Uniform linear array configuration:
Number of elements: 48
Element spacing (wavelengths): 0.25
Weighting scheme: exponential
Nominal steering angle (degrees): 60
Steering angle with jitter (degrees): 61.167
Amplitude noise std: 0.05
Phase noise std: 0.05

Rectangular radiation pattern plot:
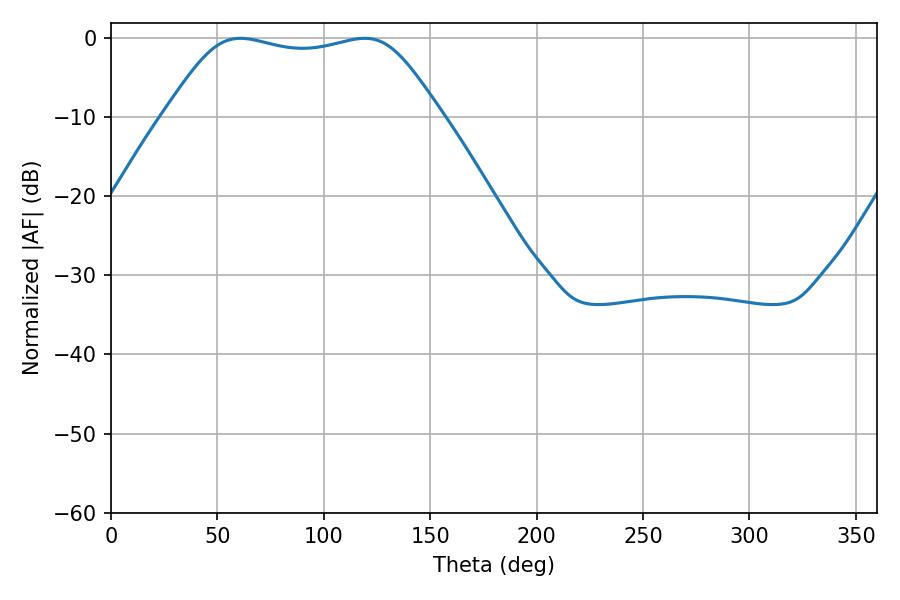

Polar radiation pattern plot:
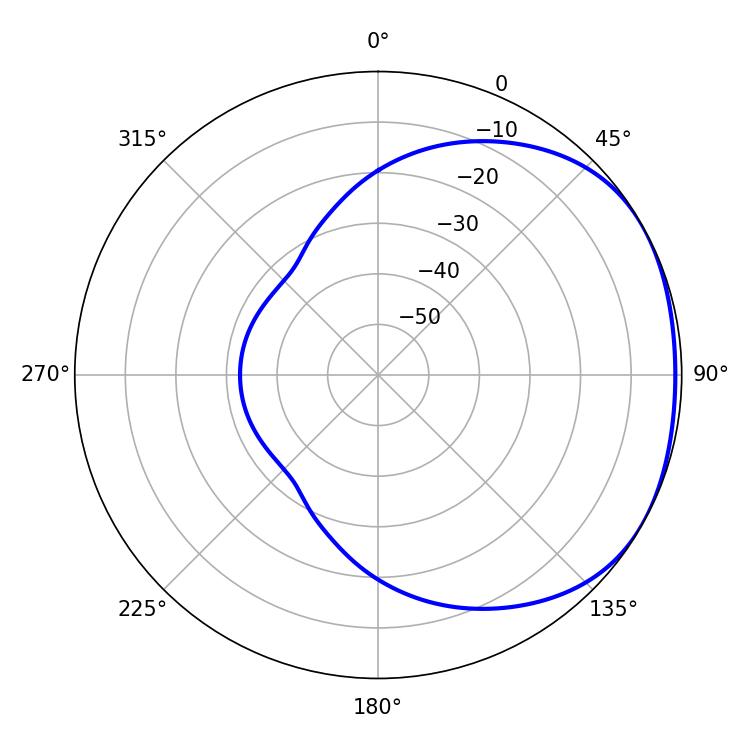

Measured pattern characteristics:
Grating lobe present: FALSE
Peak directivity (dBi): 1.641
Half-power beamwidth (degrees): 96.84
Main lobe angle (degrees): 60.84